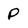
Character: P